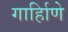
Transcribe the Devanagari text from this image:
गार्हािणे